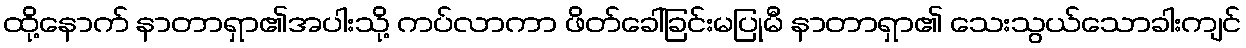
ထို့နောက် နာတာရှာ၏အပါးသို့ ကပ်လာကာ ဖိတ်ခေါ်ခြင်းမပြုမီ နာတာရှာ၏ သေးသွယ်သောခါးကျင်